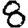
Digit: 8